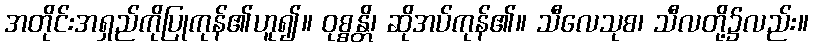
အတိုင်းအရှည်ကိုပြုကုန်၏ဟူ၍။ ဝုစ္စန္တိ၊ ဆိုအပ်ကုန်၏။ သီလေသုစ၊ သီလတို့၌လည်း။